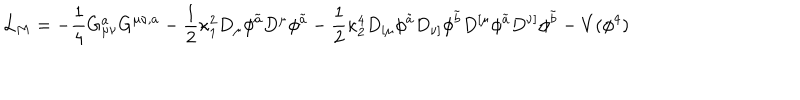
{ \cal L } _ { M } = - \frac { 1 } { 4 } G _ { \mu \nu } ^ { a } G ^ { \mu \nu , a } - { \frac { 1 } { 2 } } \kappa _ { 1 } ^ { 2 } D _ { \mu } \phi ^ { \tilde { a } } D ^ { \mu } \phi ^ { \tilde { a } } - { \frac { 1 } { 2 } } \kappa _ { 2 } ^ { 4 } D _ { [ \mu } \phi ^ { \tilde { a } } D _ { \nu ] } \phi ^ { \tilde { b } } D ^ { [ \mu } \phi ^ { \tilde { a } } D ^ { \nu ] } \phi ^ { \tilde { b } } - V ( \phi ^ { 4 } ) \,